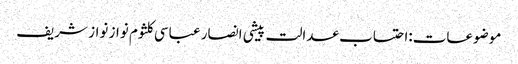
موضوعات:احتساب عدالت پیشی انصار عباسی کلثوم نواز نواز شریف